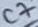
Text: C7